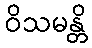
ဝိသမန္တိ